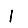
Digit: 1